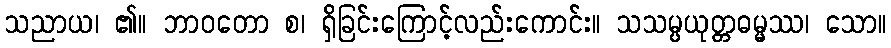
သညာယ၊ ၏။ ဘာဝတော စ၊ ရှိခြင်းကြောင့်လည်းကောင်း။ သသမ္ပယုတ္တဓမ္မဿ၊ သော။